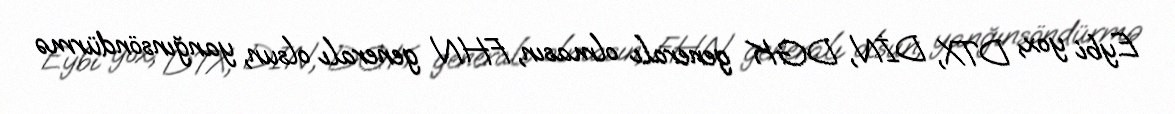
Eybi yox, DTX, DİN, DGK generalı olmasın, FHN generalı olsun, yanğınsöndürmə